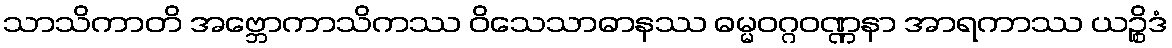
သာသိကာတိ အဗ္ဘောကာသိကဿ ဝိသေသာဓာနဿ ဓမ္မဝဂ္ဂဝဏ္ဏနာ အာရကာဿ ယဉ္စိဒံ